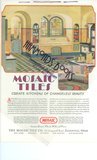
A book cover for Advertisement for Mosaic Tile Company - Art Deco Interior - "Mosaic Tiles Create Kitchens of Changeless Beauty"; House & Garden editors; Arts & Photography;